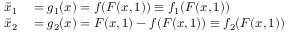
\begin{array} { r l } { \bar { x } _ { 1 } } & { { } = g _ { 1 } ( x ) = f ( F ( x , 1 ) ) \equiv f _ { 1 } ( F ( x , 1 ) ) } \\ { \bar { x } _ { 2 } } & { { } = g _ { 2 } ( x ) = F ( x , 1 ) - f ( F ( x , 1 ) ) \equiv f _ { 2 } ( F ( x , 1 ) ) } \end{array}